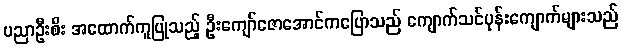
ပညာဦးစီး အထောက်ကူပြုသည့် ဦးကျော်ဇောအောင်ကပြောသည် ကျောက်သင်ပုန်းကျောက်များသည်